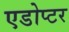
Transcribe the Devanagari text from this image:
एडोप्टर